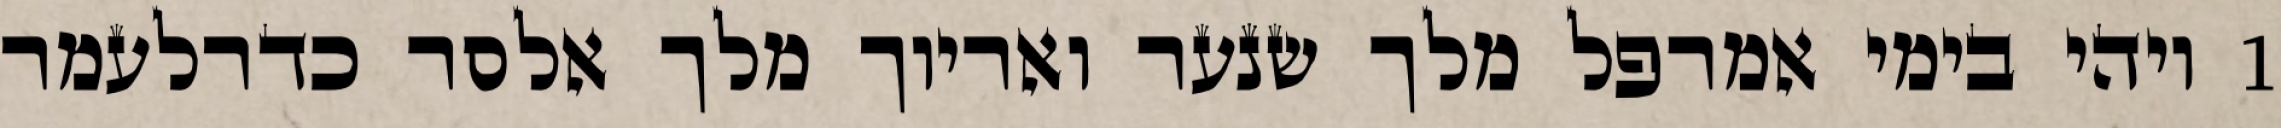
1 ויהי בימי אמרפל מלך שנער ואריוך מלך אלסר כדרלעמר